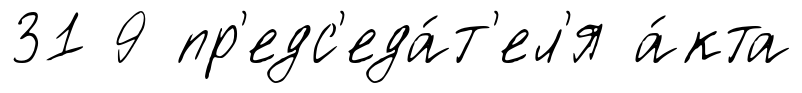
31 9 пр'едс'еда́т'ел'я а́кта